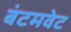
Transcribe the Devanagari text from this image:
बंटमवेट